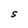
Character: S